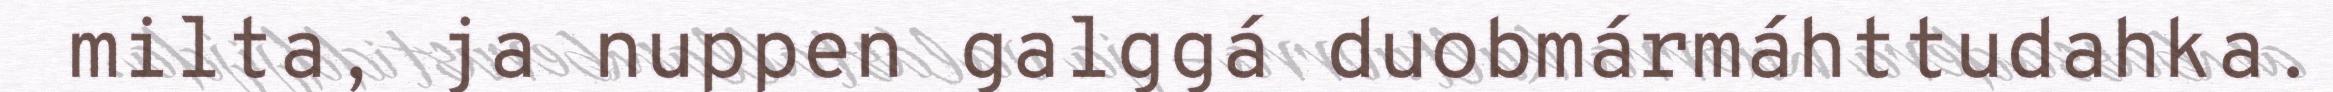
milta, ja nuppen galggá duobmármáhttudahka.